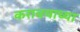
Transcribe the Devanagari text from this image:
करावयाच्‍या